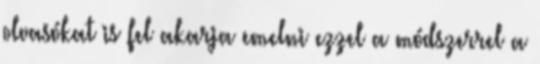
olvasókat is fel akarja emelni ezzel a módszerrel a